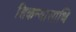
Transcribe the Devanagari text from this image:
शिकन्यासाथि